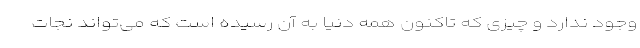
وجود ندارد و چیزی که تاکنون همه دنیا به آن رسیده است که می‌تواند نجات